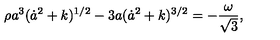
\rho a ^ { 3 } ( \dot { a } ^ { 2 } + k ) ^ { 1 / 2 } - 3 a ( \dot { a } ^ { 2 } + k ) ^ { 3 / 2 } = - \frac { \omega } { \sqrt { 3 } } ,